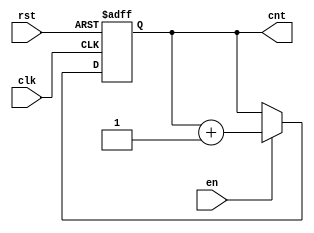
module up_counter (
    input wire clk,      // Clock signal
    input wire en,       // Enable signal
    input wire rst,      // Asynchronous reset signal
    output reg [3:0] cnt // 4-bit counter output
);

// Always block triggered on the rising edge of the clock
always @(posedge clk or posedge rst) begin
    if (rst) begin
        // Asynchronous reset: set counter to zero
        cnt <= 4'b0000;
    end else if (en) begin
        // Increment the counter if enabled
        cnt <= cnt + 1;
    end
    // If not enabled, retain the current value (no action needed)
end

endmodule